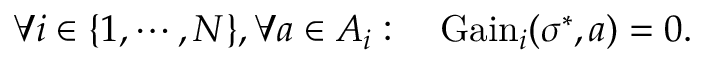
\forall i \in \{ 1 , \cdots , N \} , \forall a \in A _ { i } : \quad { \mathrm { G a i n } } _ { i } ( \sigma ^ { * } , a ) = 0 .